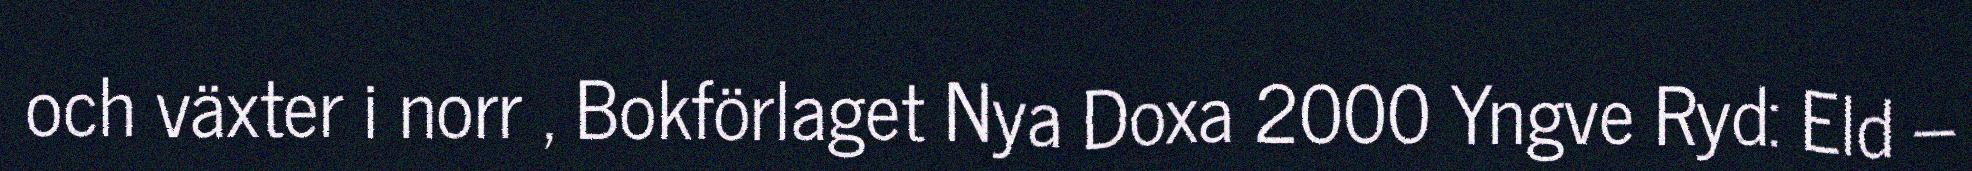
och växter i norr , Bokförlaget Nya Doxa 2000 Yngve Ryd: Eld –